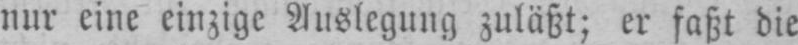
nur eine einzige Auslegung zuläßt; er faßt die